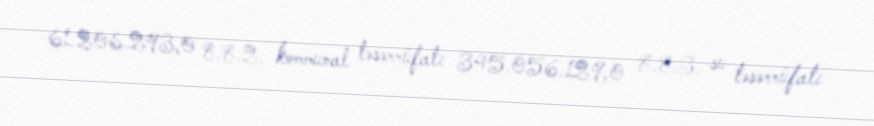
61.206.293,0 8.8.2. kommunal təsərrüfatı 345.056.129,0 8.8.3. su təsərrüfatı